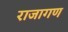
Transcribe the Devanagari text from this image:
राजागण